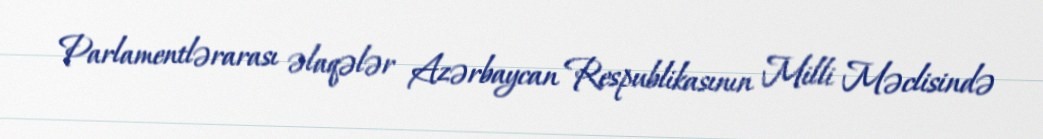
Parlamentlərarası əlaqələr Azərbaycan Respublikasının Milli Məclisində